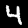
Digit: 4